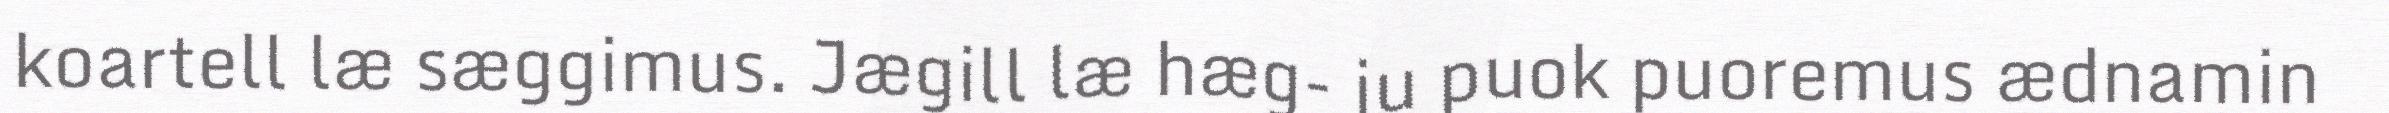
koartell læ sæggimus. Jægill læ hæg- ju puok puoremus ædnamin